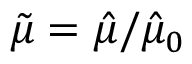
\tilde { \mu } = \hat { \mu } / \hat { \mu } _ { 0 }